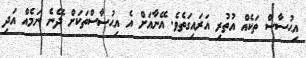
އިޙުސާސް ތަކެއް އުތުރި އަރައިގަތެވެ. އޭނާއަށް އެ އިޙުސާސްތަކަށް ދޭނެ ނަމެއް އަދި